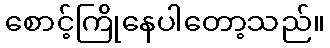
စောင့်ကြိုနေပါတော့သည်။